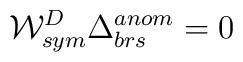
{\cal W}^D_{sym} \Delta^{anom}_{brs} = 0